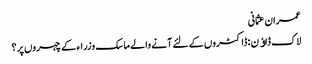
عمران عثمانی
لاک ڈاﺅن : ڈاکٹروں کے لئے آنے والے ماسک وزراء کے چہروں پر ؟